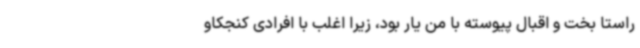
راستا بخت و اقبال پیوسته با من یار بود، زیرا اغلب با افرادی کنجکاو